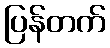
ပြန်တက်